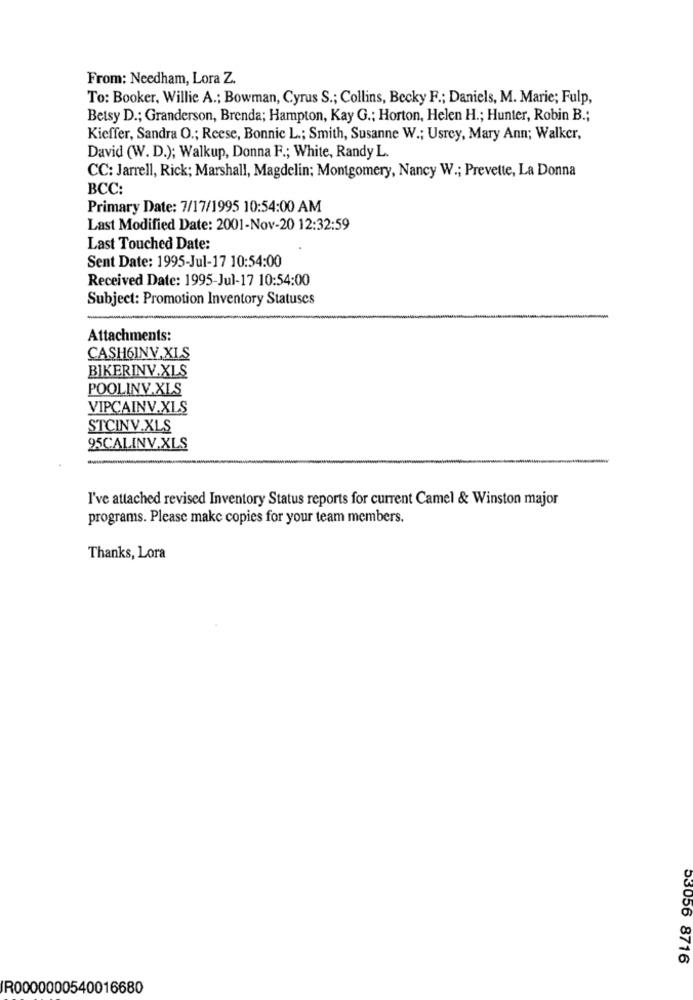
From: Needham, Lora Z.
To: Booker, Willie A .; Bowman, Cyrus S .; Collins, Becky F .; Daniels, M. Marie; Fulp,
Betsy D .; Granderson, Brenda; Hampton, Kay G .; Horton, Helen H .; Hunter, Robin B .;
Kieffer, Sandra O .; Reese, Bonnie L .; Smith, Susanne W .; Usrey, Mary Ann; Walker,
David (W. D.); Walkup, Donna F .; White, Randy L.
CC: Jarrell, Rick; Marshall, Magdelin; Montgomery, Nancy W .; Prevette, La Donna
BCC:
Primary Date: 7/17/1995 10:54:00 AM
Last Modified Date: 2001-Nov-20 12:32:59
Last Touched Date:
Sent Date: 1995-Jul-17 10:54:00
Received Date: 1995-Jul-17 10:54:00
Subject: Promotion Inventory Statuscs
Attachments:
CASH6INV.XLS
BIKERINV.XLS
POOLINV.XLS
VIPCAINV.XLS
STCINV.XLS
95CALINV.XLS
I've attached revised Inventory Status reports for current Camel & Winston major
programs. Please make copies for your team members.
Thanks, Lora
53056 8716
IR0000000540016680